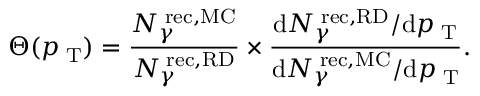
\Theta ( p _ { \mathrm { \tiny ~ T } } ) = \frac { N _ { \gamma } ^ { \mathrm { \tiny ~ r e c , M C } } } { N _ { \gamma } ^ { \mathrm { \tiny ~ r e c , R D } } } \times \frac { \mathrm { d } N _ { \gamma } ^ { \mathrm { \tiny ~ r e c , R D } } / \mathrm { d } p _ { \mathrm { \tiny ~ T } } } { \mathrm { d } N _ { \gamma } ^ { \mathrm { \tiny ~ r e c , M C } } / \mathrm { d } p _ { \mathrm { \tiny ~ T } } } .